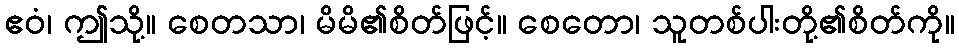
ဧဝံ၊ ဤသို့။ စေတသာ၊ မိမိ၏စိတ်ဖြင့်။ စေတော၊ သူတစ်ပါးတို့၏စိတ်ကို။